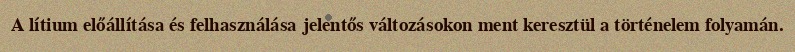
A lítium előállítása és felhasználása jelentős változásokon ment keresztül a történelem folyamán.